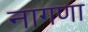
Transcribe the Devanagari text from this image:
नागणा